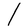
Character: l